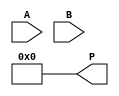
module dadda_multiplier #(parameter A_WIDTH = 4, B_WIDTH = 4)(
    input [A_WIDTH-1:0] A,
    input [B_WIDTH-1:0] B,
    output reg [A_WIDTH + B_WIDTH - 1:0] P
);

    // Partial product generation
    wire [A_WIDTH * B_WIDTH - 1:0] pp [0:A_WIDTH-1];
    genvar i, j;
    generate
        for (i = 0; i < A_WIDTH; i = i + 1) begin : pp_gen
            for (j = 0; j < B_WIDTH; j = j + 1) begin : pp_row
                assign pp[i][j] = A[i] & B[j];
            end
        end
    endgenerate

    // Reduction tree
    wire [A_WIDTH + B_WIDTH - 1:0] sum [0:A_WIDTH + B_WIDTH - 1];
    wire [A_WIDTH + B_WIDTH - 1:0] carry [0:A_WIDTH + B_WIDTH - 1];

    // 3:2 Compressor
    function [1:0] compressor_3_2(input [2:0] in);
        begin
            compressor_3_2 = {in[2] + in[1] + in[0] > 1, in[2] + in[1] + in[0]};
        end
    endfunction

    // 2:2 Compressor
    function [1:0] compressor_2_2(input [1:0] in);
        begin
            compressor_2_2 = {in[1], in[0]};
        end
    endfunction

    // Reduction process
    integer k;
    always @(*) begin
        // Initialize the sum and carry
        for (k = 0; k < A_WIDTH + B_WIDTH; k = k + 1) begin
            sum[k] = 0;
            carry[k] = 0;
        end

        // First stage of reduction using 3:2 compressors
        for (k = 0; k < A_WIDTH; k = k + 1) begin
            {carry[k + 1], sum[k]} = compressor_3_2({pp[k][0], pp[k][1], pp[k][2]});
        end

        // Second stage of reduction using 2:2 compressors
        for (k = 0; k < A_WIDTH + B_WIDTH - 1; k = k + 1) begin
            {carry[k + 1], sum[k]} = compressor_2_2({sum[k], carry[k]});
        end

        // Final addition
        P = 0;
        for (k = 0; k < A_WIDTH + B_WIDTH; k = k + 1) begin
            P = P + (sum[k] << k);
        end
    end

endmodule